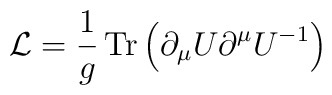
{\cal L}={1\over g} \, {\rm Tr}\left(\partial_\mu U\partial^\mu U^{-1}\right)